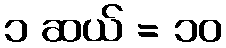
၁ ဆယ် = ၁၀